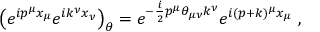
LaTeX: \left( e ^ { i p ^ { \mu } x _ { \mu } } e ^ { i k ^ { \nu } x _ { \nu } } \right) _ { \theta } = e ^ { - \frac { i } { 2 } p ^ { \mu } \theta _ { \mu \nu } k ^ { \nu } } e ^ { i ( p + k ) ^ { \mu } x _ { \mu } } ~ ,